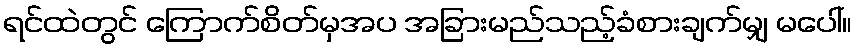
ရင်ထဲတွင် ကြောက်စိတ်မှအပ အခြားမည်သည့်ခံစားချက်မျှ မပေါ်။